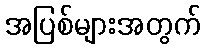
အပြစ်များအတွက်